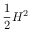
\frac { 1 } { 2 } H ^ { 2 }